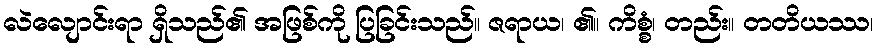
လဲလျောင်းရာ ရှိသည်၏ အဖြစ်ကို ပြခြင်းသည်။ ဇရာယ၊ ၏။ ကိစ္စံ၊ တည်း။ တတိယဿ၊